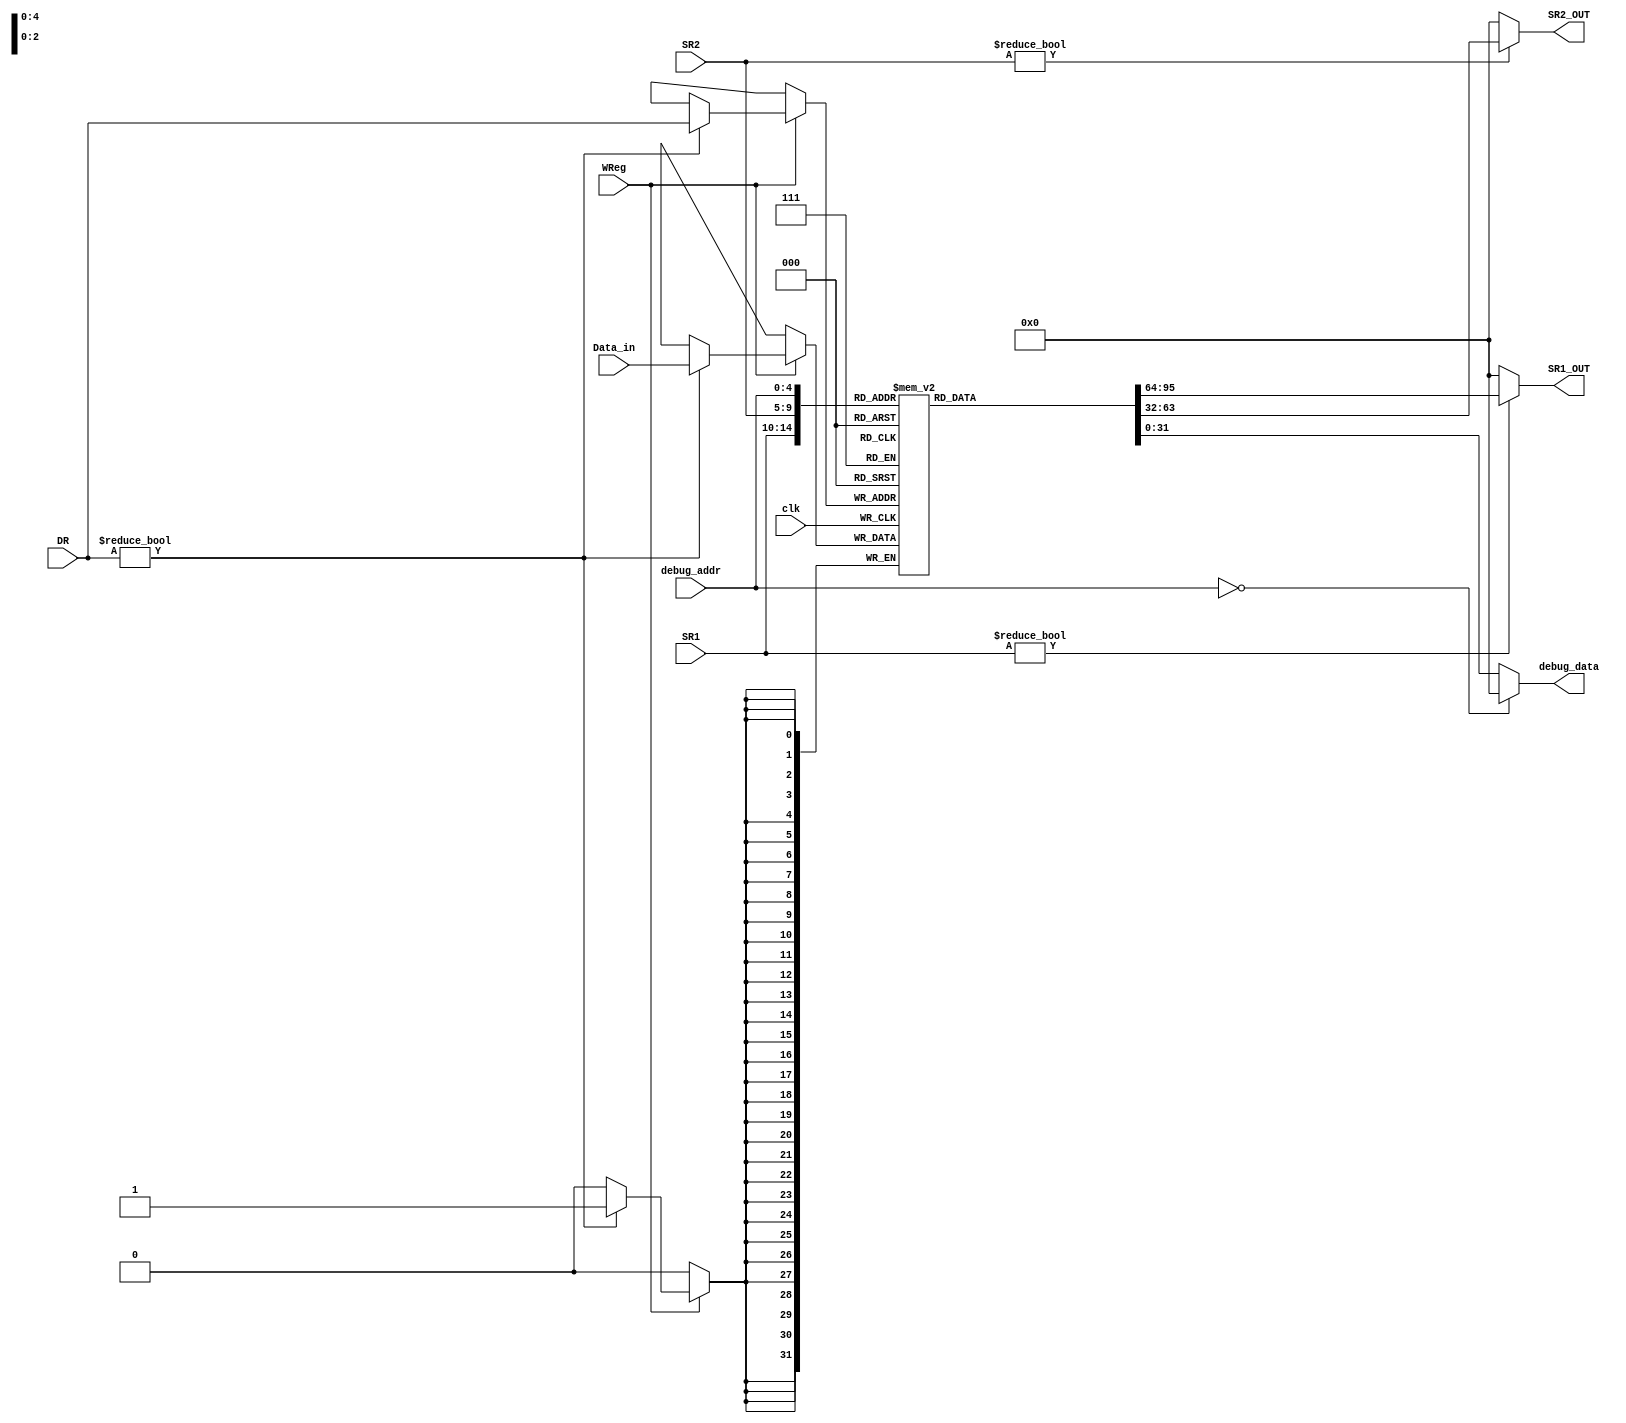
`timescale 1ns / 1ps
//////////////////////////////////////////////////////////////////////////////////
// Company: 
// Engineer: 
// 
// Design Name: 
// Module Name:    Reg_File 
// Project Name: 
// Target Devices: 
// Tool versions: 
// Description: 
//
// Dependencies: 
//
// Revision: 
// Revision 0.01 - File Created
// Additional Comments: 
//
//////////////////////////////////////////////////////////////////////////////////
module Reg_File(
    input clk,
    input [4:0] SR1,
    input [4:0] SR2,
    input [4:0] DR,
    input WReg,
    input [31:0] Data_in,
    output [31:0] SR1_OUT,
    output [31:0] SR2_OUT,

    input wire [4:0] debug_addr,
	output wire [31:0] debug_data
    );
reg [31:0] regs [1:31];

assign SR1_OUT = SR1 ? regs[SR1] : 32'b0;
assign SR2_OUT = SR2 ? regs[SR2] : 32'b0;

always @(posedge clk ) begin
    if(WReg) begin
        if (DR) begin
            regs[DR] <= Data_in;
        end
    end
end

assign debug_data = (debug_addr == 0) ? 0 : regs[debug_addr];

endmodule